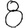
Digit: 8